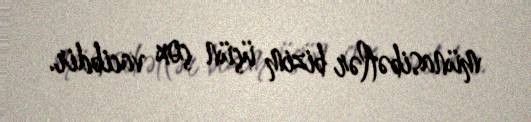
münasibətlər bizim üçün çox vacibdir.